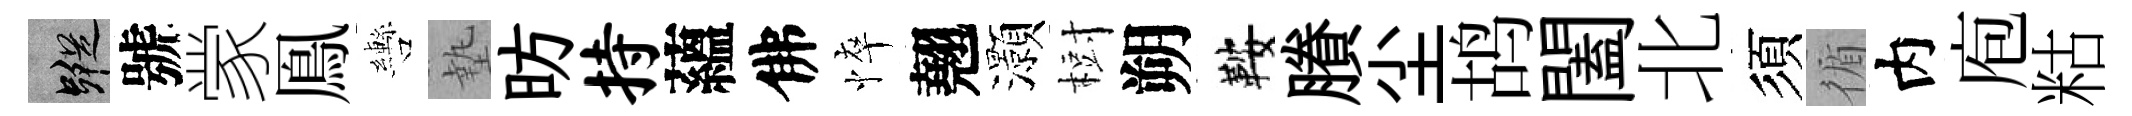
蹤號䝉鳯轡墊昉持蘊佛悴翹灝𣗳朔鞍賸尘鸪闔北須循内庖䊀